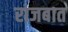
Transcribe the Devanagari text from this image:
राजबात